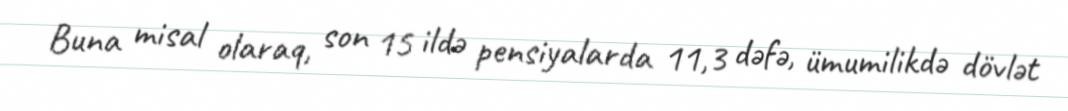
Buna misal olaraq, son 15 ildə pensiyalarda 11,3 dəfə, ümumilikdə dövlət